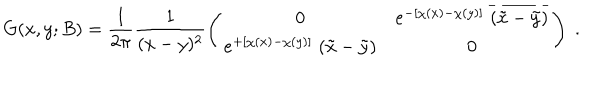
LaTeX: G ( x , y ; B ) = \frac { 1 } { 2 \pi } \frac { 1 } { ( x - y ) ^ { 2 } } \left( \begin{array} { c c } { { 0 } } & { { e ^ { - [ \chi ( x ) - \chi ( y ) ] } \; \overline { { { ( \tilde { x } - \tilde { y } ) } } } } } \\ { { e ^ { + [ \chi ( x ) - \chi ( y ) ] } \; ( \tilde { x } - \tilde { y } ) } } & { { 0 } } \\ \end{array} \right) \; .